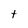
Character: t